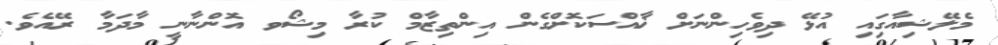
މެލޭޝިއާގަިއި އުޅޭ ދިވެހިންނަށް ޚާއްސަކޮށްގެން އިންތިޒާމް ކުރާ މިޝޯވ އޮންނާނީ މާދަމާ ރޭއެވެ.